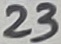
Text: 23